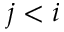
j < i